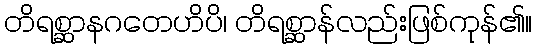
တိရစ္ဆာနဂတေဟိပိ၊ တိရစ္ဆာန်လည်းဖြစ်ကုန်၏။